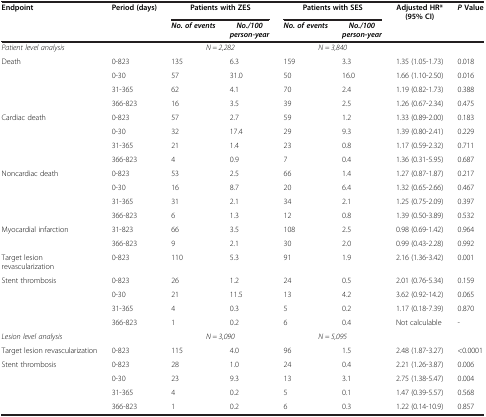
<table><thead><tr><td><b>Endpoint</b></td><td><b>Period (days)</b></td><td colspan="2"><b>Patients with ZES</b></td><td colspan="2"><b>Patients with SES</b></td><td><b>Adjusted HR* (95% CI)</b></td><td><b><i>P </i>Value</b></td></tr><tr><td><b> </b></td><td><b> </b></td><td><b><i>No. of events</i></b></td><td><b><i>No./100 person-year</i></b></td><td><b><i>No. of events</i></b></td><td><b><i>No./100 person-year</i></b></td><td><b> </b></td><td><b> </b></td></tr></thead><tbody><tr><td><i>Patient level analysis</i></td><td> </td><td colspan="2"><i>N = 2,282</i></td><td colspan="2"><i>N = 3,840</i></td><td> </td><td> </td></tr><tr><td>Death</td><td>0-823</td><td>135</td><td>6.3</td><td>159</td><td>3.3</td><td>1.35 (1.05-1.73)</td><td>0.018</td></tr><tr><td> </td><td>0-30</td><td>57</td><td>31.0</td><td>50</td><td>16.0</td><td>1.66 (1.10-2.50)</td><td>0.016</td></tr><tr><td> </td><td>31-365</td><td>62</td><td>4.1</td><td>70</td><td>2.4</td><td>1.19 (0.82-1.73)</td><td>0.388</td></tr><tr><td> </td><td>366-823</td><td>16</td><td>3.5</td><td>39</td><td>2.5</td><td>1.26 (0.67-2.34)</td><td>0.475</td></tr><tr><td>Cardiac death</td><td>0-823</td><td>57</td><td>2.7</td><td>59</td><td>1.2</td><td>1.33 (0.89-2.00)</td><td>0.183</td></tr><tr><td> </td><td>0-30</td><td>32</td><td>17.4</td><td>29</td><td>9.3</td><td>1.39 (0.80-2.41)</td><td>0.229</td></tr><tr><td> </td><td>31-365</td><td>21</td><td>1.4</td><td>23</td><td>0.8</td><td>1.17 (0.59-2.32)</td><td>0.711</td></tr><tr><td> </td><td>366-823</td><td>4</td><td>0.9</td><td>7</td><td>0.4</td><td>1.36 (0.31-5.95)</td><td>0.687</td></tr><tr><td>Noncardiac death</td><td>0-823</td><td>53</td><td>2.5</td><td>66</td><td>1.4</td><td>1.27 (0.87-1.87)</td><td>0.217</td></tr><tr><td> </td><td>0-30</td><td>16</td><td>8.7</td><td>20</td><td>6.4</td><td>1.32 (0.65-2.66)</td><td>0.467</td></tr><tr><td> </td><td>31-365</td><td>31</td><td>2.1</td><td>34</td><td>2.1</td><td>1.25 (0.75-2.09)</td><td>0.397</td></tr><tr><td> </td><td>366-823</td><td>6</td><td>1.3</td><td>12</td><td>0.8</td><td>1.39 (0.50-3.89)</td><td>0.532</td></tr><tr><td>Myocardial infarction</td><td>31-823</td><td>66</td><td>3.5</td><td>108</td><td>2.5</td><td>0.98 (0.69-1.42)</td><td>0.964</td></tr><tr><td> </td><td>366-823</td><td>9</td><td>2.1</td><td>30</td><td>2.0</td><td>0.99 (0.43-2.28)</td><td>0.992</td></tr><tr><td>Target lesion revascularization</td><td>0-823</td><td>110</td><td>5.3</td><td>91</td><td>1.9</td><td>2.16 (1.36-3.42)</td><td>0.001</td></tr><tr><td>Stent thrombosis</td><td>0-823</td><td>26</td><td>1.2</td><td>24</td><td>0.5</td><td>2.01 (0.76-5.34)</td><td>0.159</td></tr><tr><td> </td><td>0-30</td><td>21</td><td>11.5</td><td>13</td><td>4.2</td><td>3.62 (0.92-14.2)</td><td>0.065</td></tr><tr><td> </td><td>31-365</td><td>4</td><td>0.3</td><td>5</td><td>0.2</td><td>1.17 (0.18-7.39)</td><td>0.870</td></tr><tr><td> </td><td>366-823</td><td>1</td><td>0.2</td><td>6</td><td>0.4</td><td>Not calculable</td><td>-</td></tr><tr><td><i>Lesion level analysis</i></td><td> </td><td colspan="2"><i>N = 3,090</i></td><td colspan="2"><i>N = 5,095</i></td><td> </td><td> </td></tr><tr><td>Target lesion revascularization</td><td>0-823</td><td>115</td><td>4.0</td><td>96</td><td>1.5</td><td>2.48 (1.87-3.27)</td><td>&lt;0.0001</td></tr><tr><td>Stent thrombosis</td><td>0-823</td><td>28</td><td>1.0</td><td>24</td><td>0.4</td><td>2.21 (1.26-3.87)</td><td>0.006</td></tr><tr><td> </td><td>0-30</td><td>23</td><td>9.3</td><td>13</td><td>3.1</td><td>2.75 (1.38-5.47)</td><td>0.004</td></tr><tr><td> </td><td>31-365</td><td>4</td><td>0.2</td><td>5</td><td>0.1</td><td>1.47 (0.39-5.57)</td><td>0.568</td></tr><tr><td> </td><td>366-823</td><td>1</td><td>0.2</td><td>6</td><td>0.3</td><td>1.22 (0.14-10.9)</td><td>0.857</td></tr></tbody></table>